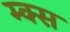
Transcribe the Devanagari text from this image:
म्क्स